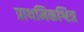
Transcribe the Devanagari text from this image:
प्राथमिकश्वित्र